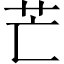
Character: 芒